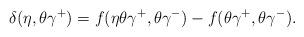
LaTeX: \begin{align*}\delta(\eta,\theta\gamma^+)=f(\eta\theta\gamma^+,\theta\gamma^-)-f(\theta\gamma^+,\theta\gamma^-).\end{align*}